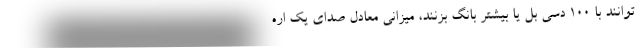
توانند با ۱۰۰ دسی بل یا بیشتر بانگ بزنند، میزانی معادل صدای یک اره